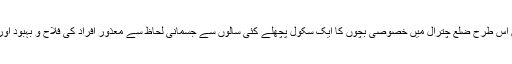
جس طرح صوبے کے دیگر اضلاع میں خصوصی بچوں کی بحالی کے مراکز موجود ہیں اس طرح ضلع چترال میں خصوصی بچوں کا ایک سکول پچھلے کئی سالوں سے جسمانی لحاظ سے معذور افراد کی فلاح و بہبود اور انہیں ہنر مند بنا کر معاشرے کا کارآمد شہری بنانے کے لئے خدمات انجام دیتا آرہا ہے۔